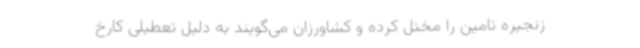
زنجیره تامین را مختل کرده و کشاورزان می‌گویند به دلیل تعطیلی کارخ